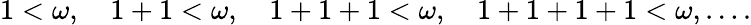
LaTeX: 1<\omega,\quad 1+1<\omega,\quad 1+1+1<\omega,\quad 1+1+1+1<\omega,\ldots.